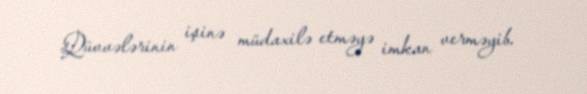
Qüvvələrinin işinə müdaxilə etməyə imkan verməyib.